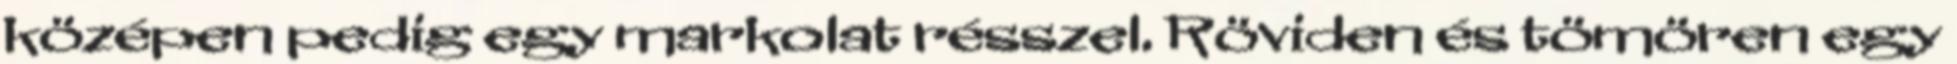
középen pedig egy markolat résszel. Röviden és tömören egy